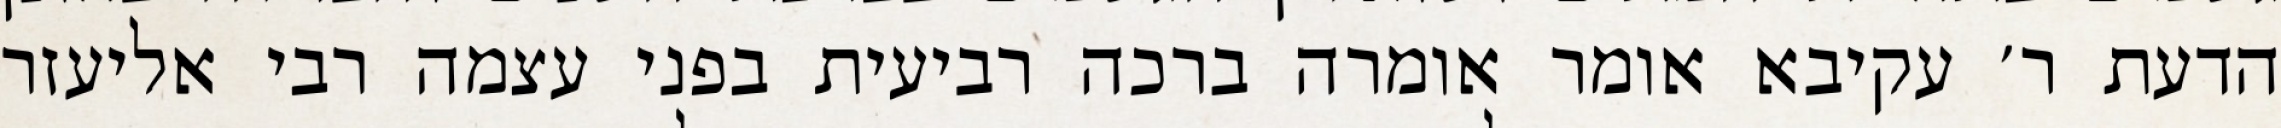
הדעת ר׳ עקיבא אומר אומרה ברכה רביעית בפני עצמה רבי אליעזר